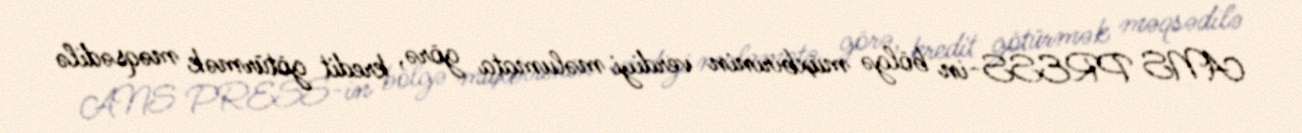
ANS PRESS-in bölgə müxbirinin verdiyi məlumata görə, kredit götürmək məqsədilə